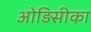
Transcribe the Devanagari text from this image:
ओड़िसीका